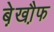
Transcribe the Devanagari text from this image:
बे़खौ़फ